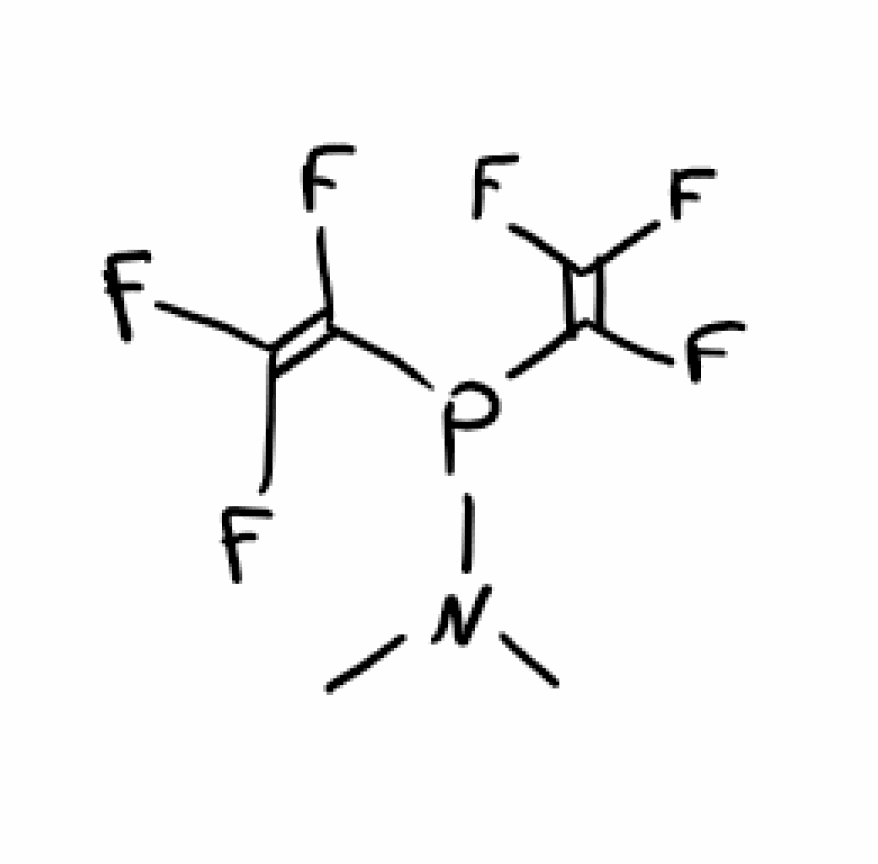
Simplified molecular-input line-entry system (SMILES) notation of the given molecule:
CN(C)P(C(=C(F)F)F)C(=C(F)F)F